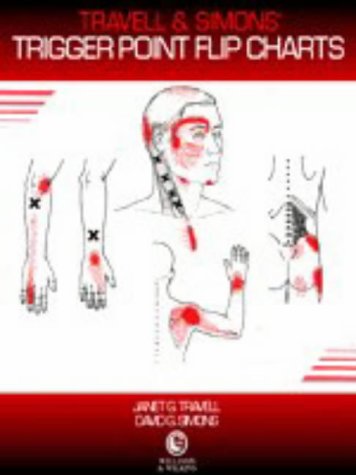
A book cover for Travell and Simons' Trigger Point Flip Charts; Janet Travell MD; Medical Books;